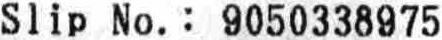
SLIP NO.: 9050338975